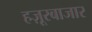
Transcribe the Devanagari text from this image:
हज़ूरबाजार